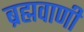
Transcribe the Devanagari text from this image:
ब्रह्मवाणी